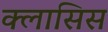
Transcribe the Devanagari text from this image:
क्लासिस